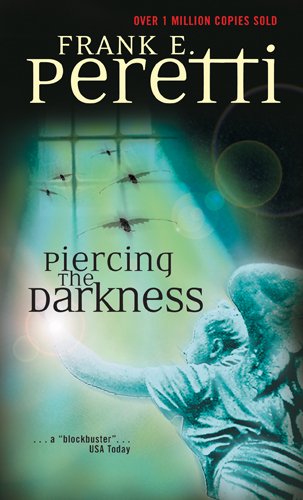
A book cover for Piercing the Darkness; Frank E. Peretti; Christian Books & Bibles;